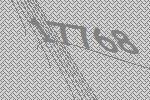
17768